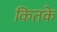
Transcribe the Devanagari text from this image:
कितके